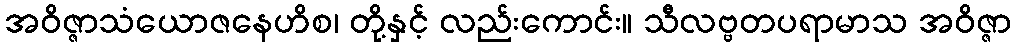
အဝိဇ္ဇာသံယောဇနေဟိစ၊ တို့နှင့် လည်းကောင်း။ သီလဗ္ဗတပရာမာသ အဝိဇ္ဇာ